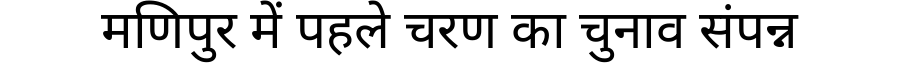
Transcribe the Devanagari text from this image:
मणिपुर में पहले चरण का चुनाव संपन्न